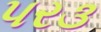
પર૩